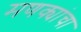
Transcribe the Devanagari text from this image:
मणक्यांचा